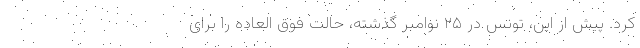
کرد. پیش از این، تونس در ۲۵ نوامبر گذشته، حالت فوق العاده را برای